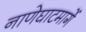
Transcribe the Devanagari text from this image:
नाणेघाटमार्गे